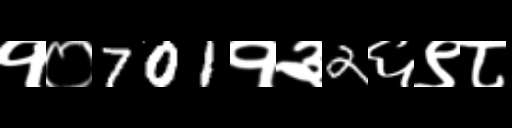
Text: १०701१३2६९८